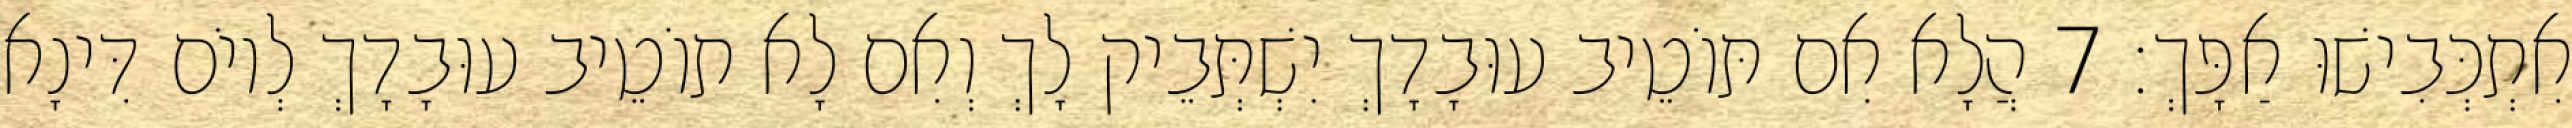
אִתְכְּבִישׁוּ אַפָּךְ׃ 7 הֲלָא אִם תּוֹטֵיב עוּבָדָךְ יִשְׁתְּבֵיק לָךְ וְאִם לָא תוֹטֵיב עוּבָדָךְ לְיוֹם דִּינָא